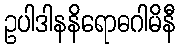
ဥပါဒါနနိရောဓဂါမိနီ